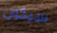
سيكون